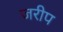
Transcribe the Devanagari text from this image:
जरीप